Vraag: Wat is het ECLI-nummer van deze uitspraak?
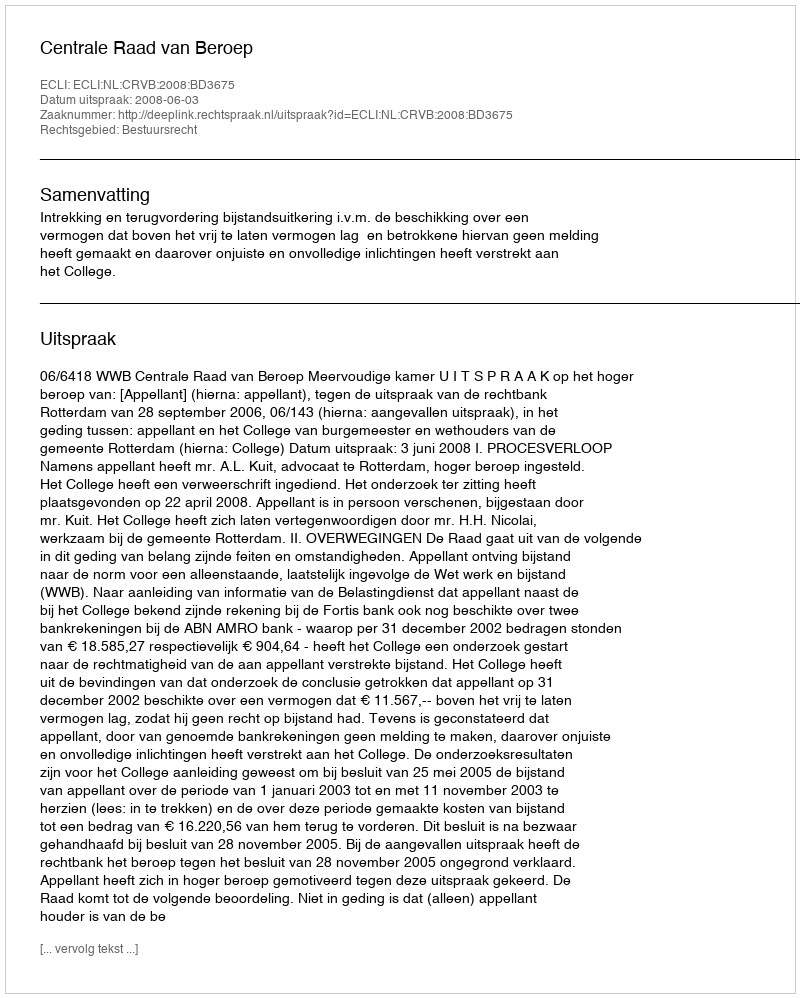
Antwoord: ECLI:NL:CRVB:2008:BD3675